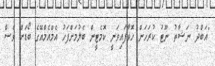
"އަބްދު ނަޝާތު ނޫޓު ކުރަހަން ހޮވާފައިވަނީ ކޮމެޓީން ބެލުމަށްފަހު އެމްއެމްއޭގެ ބޯޑަށް ވެސް